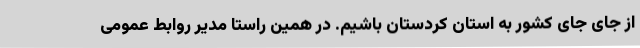
از جای جای کشور به استان کردستان باشیم. در همین راستا مدیر روابط عمومی